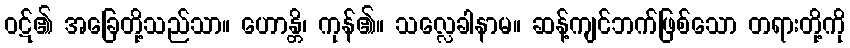
ဝဋ်၏ အခြေတို့သည်သာ။ ဟောန္တိ၊ ကုန်၏။ သလ္လေခါနာမ။ ဆန့်ကျင်ဘက်ဖြစ်သော တရားတို့ကို